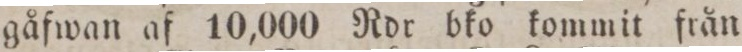
gåfwan af 10,000 Rdr bko kommit från